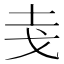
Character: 𭟯